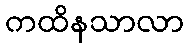
ကထိနသာလာ